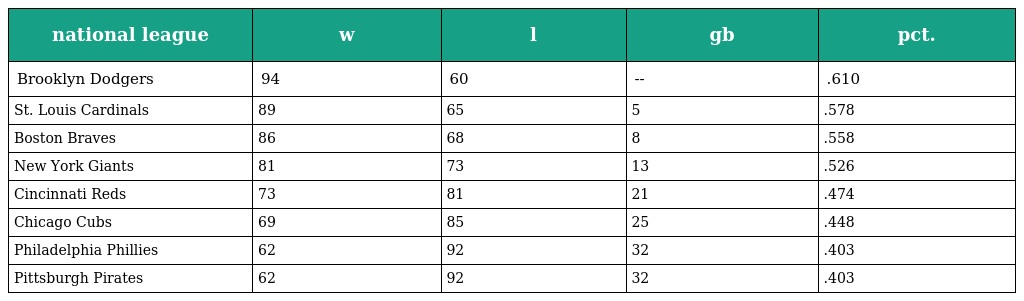
| national league | w | l | gb | pct. |
 | --- | --- | --- | --- | --- |
 | Brooklyn Dodgers | 94 | 60 | -- | .610 |
 | St. Louis Cardinals | 89 | 65 | 5 | .578 |
 | Boston Braves | 86 | 68 | 8 | .558 |
 | New York Giants | 81 | 73 | 13 | .526 |
 | Cincinnati Reds | 73 | 81 | 21 | .474 |
 | Chicago Cubs | 69 | 85 | 25 | .448 |
 | Philadelphia Phillies | 62 | 92 | 32 | .403 |
 | Pittsburgh Pirates | 62 | 92 | 32 | .403 |